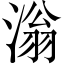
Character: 滃